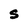
Character: S